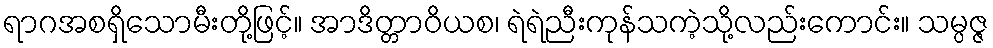
ရာဂအစရှိသောမီးတို့ဖြင့်။ အာဒိတ္တာဝိယစ၊ ရဲရဲညီးကုန်သကဲ့သို့လည်းကောင်း။ သမ္ပဇ္ဇ